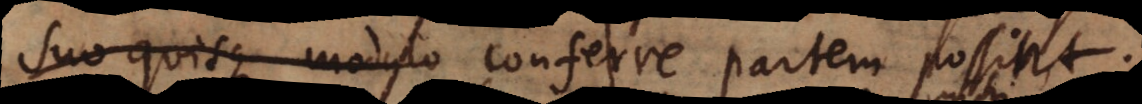
suo quisque modulo conferre partem possint.